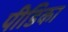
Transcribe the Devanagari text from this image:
पीडिका